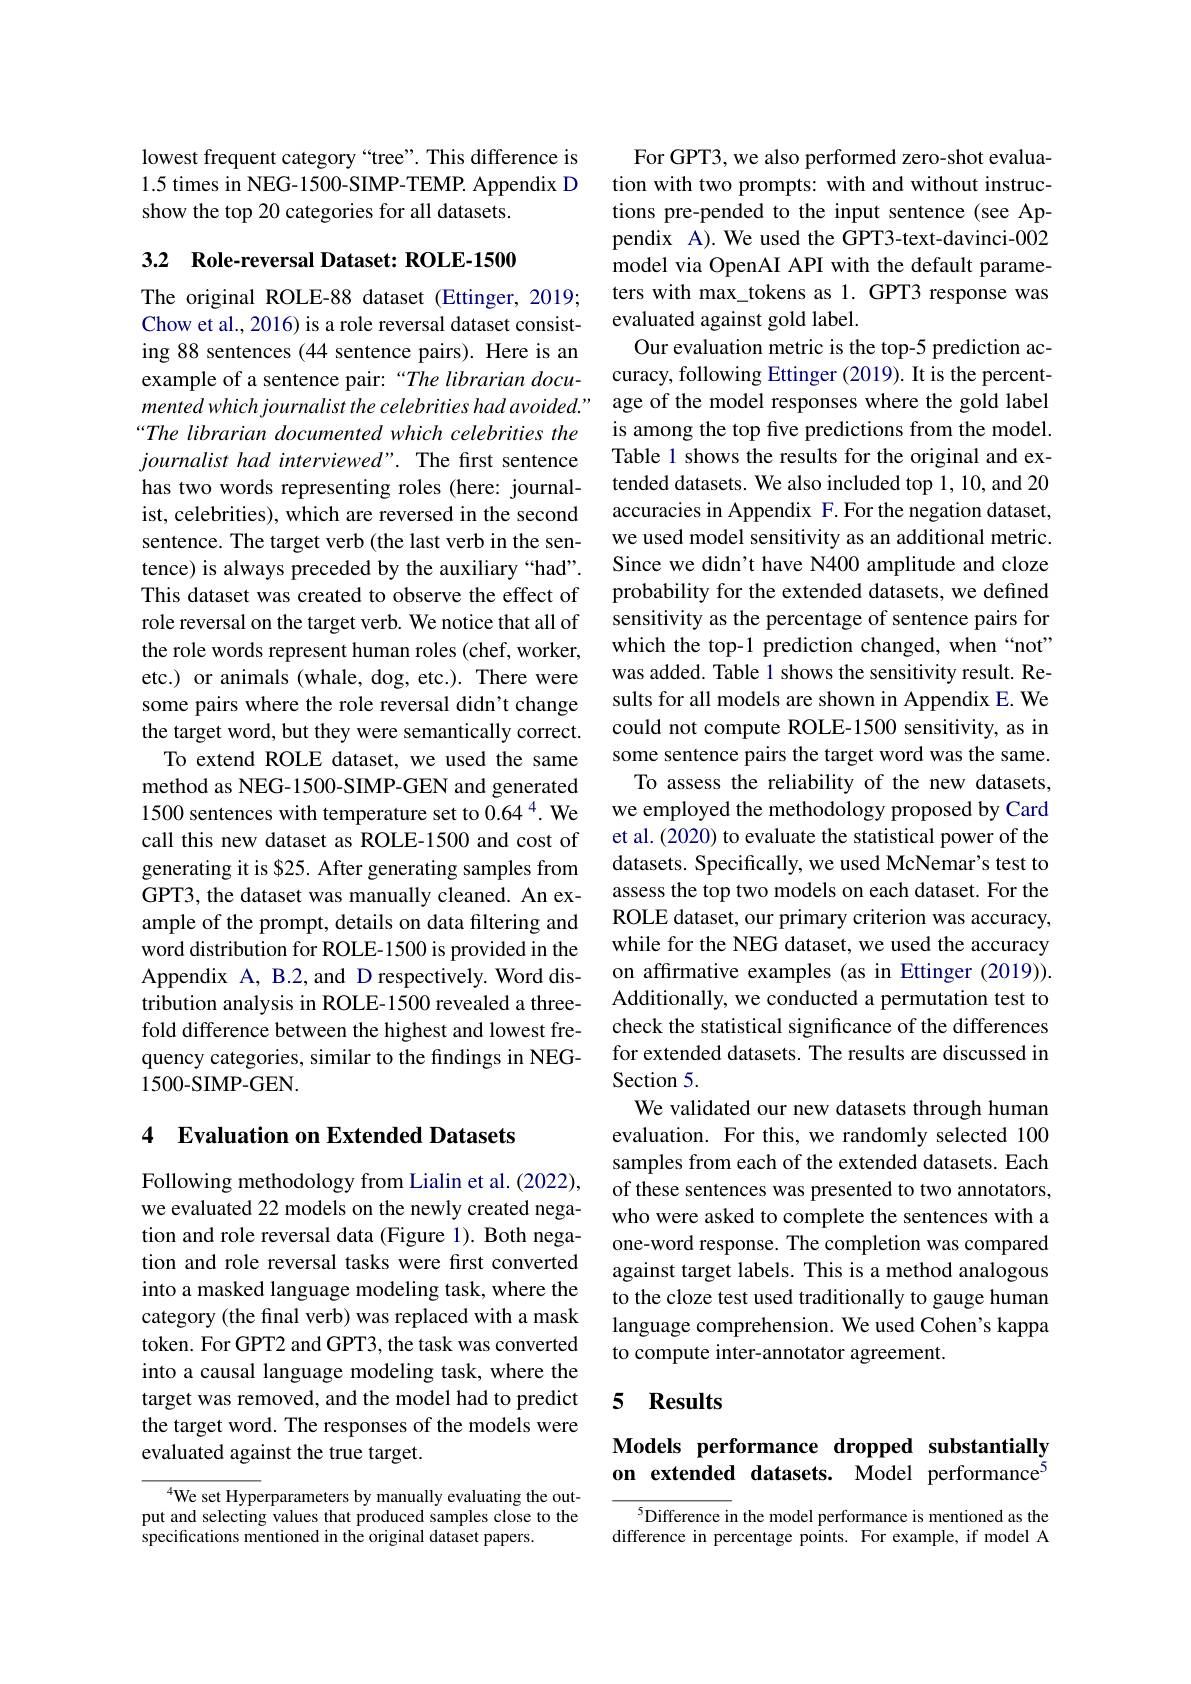
lowest frequent category “tree”. This difference is 1.5 times in NEG-1500-SIMP-TEMP. Appendix D show the top 20 categories for all datasets.

3.2 Role-reversal Dataset: ROLE-1500
The original ROLE-88 dataset (Ettinger, 2019; Chow et al., 2016) is a role reversal dataset consisting 88 sentences (44 sentence pairs). Here is an example of a sentence pair: “The librarian documented which journalist the celebrities had avoided." “The librarian documented which celebrities the journalist had interviewed". The first sentence has two words representing roles (here: journalist, celebrities), which are reversed in the second sentence. The target verb (the last verb in the sentence) is always preceded by the auxiliary “had”. This dataset was created to observe the effect of role reversal on the target verb. We notice that all of the role words represent human roles (chef, worker, etc.) or animals (whale, dog, etc.). There were some pairs where the role reversal didn't change the target word, but they were semantically correct.
To extend ROLE dataset, we used the same method as NEG-1500-SIMP-GEN and generated 1500 sentences with temperature set to 0.64 $^{4}$.We call this new dataset as ROLE-1500 and cost of generating it is $25. After generating samples from GPT3, the dataset was manually cleaned. An example of the prompt, details on data filtering and word distribution for ROLE-1500 is provided in the Appendix A, B.2, and D respectively. Word distribution analysis in ROLE-1500 revealed a threefold difference between the highest and lowest frequency categories, similar to the findings in NEG- $1500-SIMP-GEN.$

## 4 Evaluation on Extended Datasets

Following methodology from Lialin et al. (2022), we evaluated 22 models on the newly created negation and role reversal data (Figure 1). Both negation and role reversal tasks were first converted into a masked language modeling task, where the category (the final verb) was replaced with a mask token. For GPT2 and GPT3, the task was converted into a causal language modeling task, where the target was removed, and the model had to predict the target word. The responses of the models were evaluated against the true target.

${}^{4}$We set Hyperparameters by manually evaluating the output and selecting values that produced samples close to the specifications mentioned in the original dataset papers.

For GPT3, we also performed zero-shot evaluation with two prompts: with and without instructions pre-pended to the input sentence (see Appendix A). We used the GPT3-text-davinci-002 model via OpenAI API with the default parameters with max\_tokens as 1. GPT3 response was evaluated against gold label.
Our evaluation metric is the top-5 prediction accuracy, following Ettinger (2019). It is the percentage of the model responses where the gold label is among the top five predictions from the model. Table 1 shows the results for the original and extended datasets. We also included top 1, 10, and 20 accuracies in Appendix F.For the negation dataset, we used model sensitivity as an additional metric. Since we didn't have N400 amplitude and cloze probability for the extended datasets, we defined sensitivity as the percentage of sentence pairs for which the top-1 prediction changed, when“not” was added. Table 1 shows the sensitivity result. Results for all models are shown in Appendix E. We could not compute ROLE-1500 sensitivity, as in some sentence pairs the target word was the same.
To assess the reliability of the new datasets, we employed the methodology proposed by Card et al. (2020) to evaluate the statistical power of the datasets. Specifically, we used McNemar's test to assess the top two models on each dataset. For the ROLE dataset, our primary criterion was accuracy, while for the NEG dataset, we used the accuracy on affirmative examples (as in Ettinger (2019)). Additionally, we conducted a permutation test to check the statistical significance of the differences for extended datasets. The results are discussed in Section 5.
We validated our new datasets through human evaluation. For this, we randomly selected 100 samples from each of the extended datasets. Each of these sentences was presented to two annotators, who were asked to complete the sentences with a one-word response. The completion was compared against target labels. This is a method analogous to the cloze test used traditionally to gauge human language comprehension. We used Cohen's kappa to compute inter-annotator agreement.

## 5 $\mathbf{Results}$

# Models performance dropped substantially on extended datasets. Model performance$^{5}$

$^{5}$Difference in the model performance is mentioned as the difference in percentage points. For example, if model A